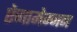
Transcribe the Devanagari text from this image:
ऐगामेम्नन